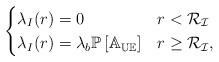
LaTeX: \begin{align*}\begin{cases}\lambda_{I}(r)= 0 & r < \mathcal{R_I} \\\lambda_{I}(r)=\lambda_{b}\mathbb{P}\left[\mathbb{A_{UE}}\right] & r \ge \mathcal{R_I},\end{cases}\end{align*}